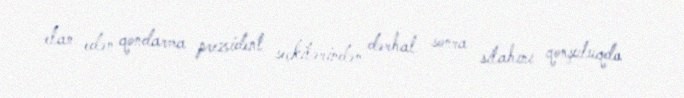
elan edən qondarma prezident seçkilərindən dərhal sonra silahını qonşuluqda